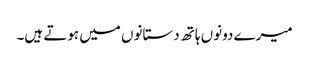
میرے دونوں ہاتھ دستانوں میں ہوتے ہیں۔